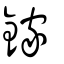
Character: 鎵